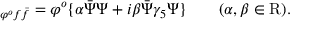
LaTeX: \L _ { \varphi ^ { o } f \bar { f } } = \varphi ^ { o } \lbrace \alpha \bar { \Psi } \Psi + i \beta \bar { \Psi } \gamma _ { 5 } \Psi \rbrace \qquad ( \alpha , \beta \in \mathrm { R } ) .